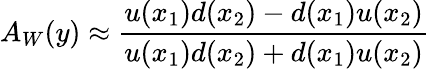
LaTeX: A_{W}(y)\approx\frac{u(x_{1})d(x_{2})-d(x_{1})u(x_{2})}{u(x_{1})d(x_{2})+d(x_{1})u(x_{2})}